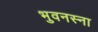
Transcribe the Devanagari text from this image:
भुवनस्ना